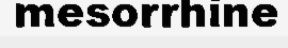
mesorrhine